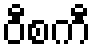
ဝီစကီ